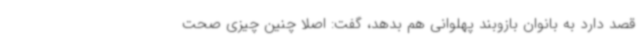
قصد دارد به بانوان بازوبند پهلوانی هم بدهد، گفت: اصلا چنین چیزی صحت